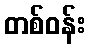
တစ်ဝန်း